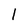
Character: l